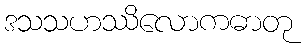
ဒသသဟဿိလောကဓာတု